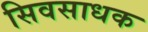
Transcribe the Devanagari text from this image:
सिवसाधक